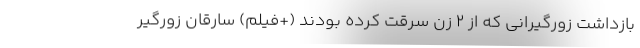
بازداشت زورگیرانی که از 2 زن سرقت کرده بودند (+فیلم) سارقان زورگیر